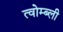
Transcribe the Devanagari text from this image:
त्वोम्ब्ली